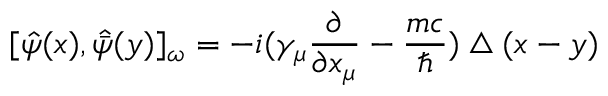
[ \hat { \psi } ( x ) , \hat { \bar { \psi } } ( y ) ] _ { \omega } = - i ( \gamma _ { \mu } \frac { \partial } { \partial x _ { \mu } } - \frac { m c } { \hbar } ) \bigtriangleup ( x - y )